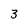
Character: 3